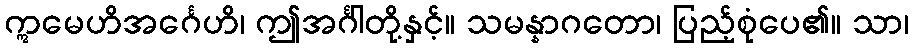
ဣမေဟိအင်္ဂေဟိ၊ ဤအင်္ဂါတို့နှင့်။ သမန္နာဂတော၊ ပြည့်စုံပေ၏။ သာ၊